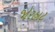
જોરહાટ